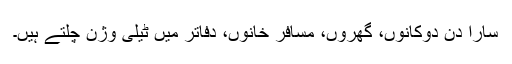
سارا دن دوکانوں، گھروں، مسافر خانوں، دفاتر میں ٹیلی وژن چلتے ہیں۔